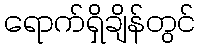
ရောက်ရှိချိန်တွင်